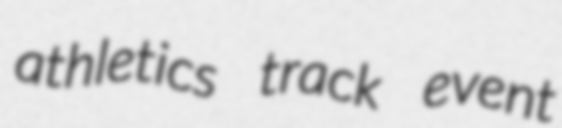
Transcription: athletics track event